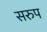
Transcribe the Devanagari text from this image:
सरुप